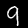
Digit: 9